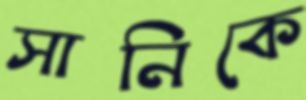
সানিকে